Vaccine operations Central Provinces 1900-1911 - 1900-1911
Year: 1900
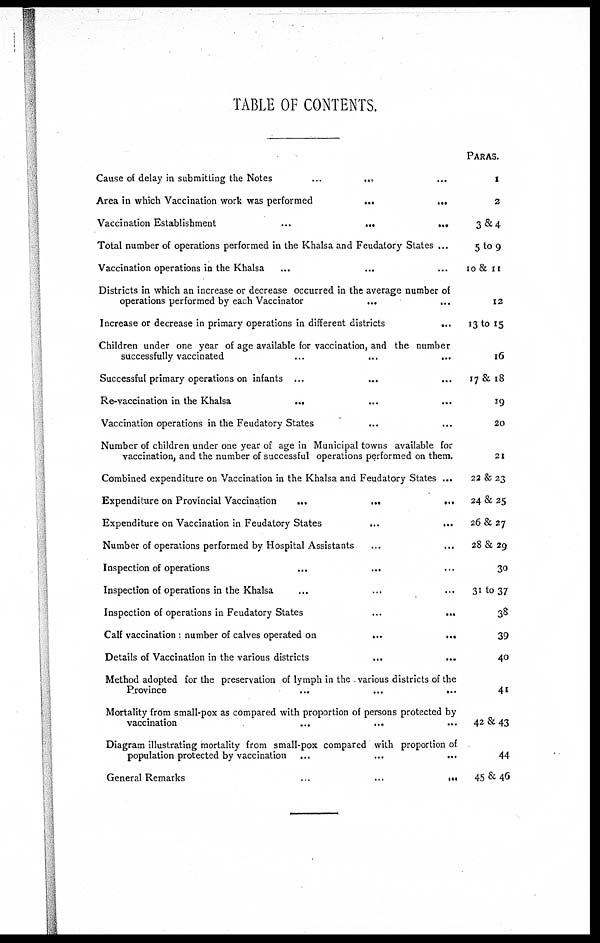
TABLE OF CONTENTS.
Cause of delay in submitting the
Notes...
...
...
Area in which Vaccination work was
performed...
...
Vaccination
Establishment...
...
...
Total number of operations performed in the Khalsa and Feudatory States ...
Vaccination operations in the Khalsa... ...
Districts in which an increase or decrease occurred in the average number of
operations performed by each
Vaccinator...
...
Increase or decrease in primary operations in different
districts...
...
Children under one year of age available for vaccination, and the number
successfully
vaccinated...
...
...
Successful primary operations on infants... ... ...
Re-vaccination in the
Khalsa...
...
...
Vaccination operations in the Feudatory States... ...
Number of children under one year of age in Municipal towns available for
vaccination, and the number of successful operations performed on them.
Combined expenditure on Vaccination in the Khalsa and Feudatory States ...
Expenditure on Provincial
Vaccination...
...
...
Expenditure on Vaccination in Feudatory
States...
...
...
Number of operations performed by Hospital Assistants...
Inspection of operations... ...
Inspection of operations in the Khalsa... ...
Inspection of operations in Feudatory
States...
...
...
Calf vaccination : number of calves operated
on...
...
...
Details of Vaccination in the various
districts...
...
...
Method adopted for the preservation of lymph in the various districts of the
Province...
...
...
Mortality from small-pox as compared with proportion of persons protected by
vaccination...
...
...
Diagram illustrating mortality from small-pox compared with proportion of
population protected by
vaccination...
...
...
General
Remarks...
...
PARAS.
1
2
3&4
5 to 9
10 & 11
12
13 to 15
16
17 & 18
19
20
21
22 & 23
24 & 25
26 & 27
28 & 29
30
31 to 37
38
39
40
41
42&43
44
45&46